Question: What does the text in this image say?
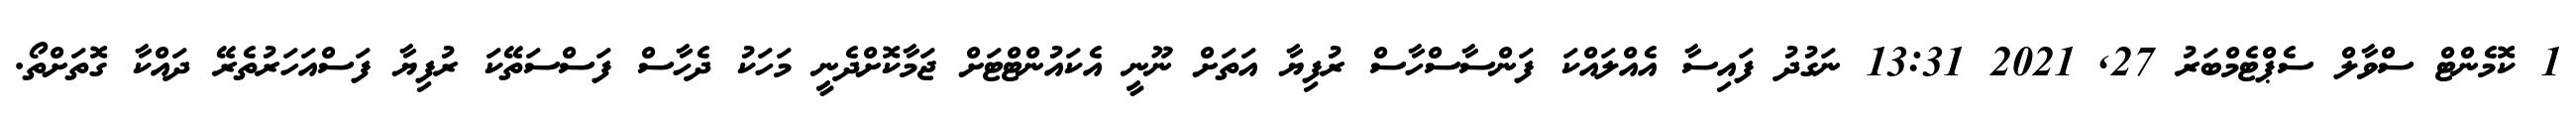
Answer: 1 ކޮމެންޓް ސްވާލް ސެޕްޓެމްބަރު 27, 2021 13:31 ނަގުދު ފައިސާ އެއްލައްކަ ފަންސާސްހާސް ރުފިޔާ އަތަށް ނޫނީ އެކައުންޓްޓަށް ޖަމާކޮށްދެނީ މަހަކު ދެހާސް ފަސްސަތޭކަ ރުފިޔާ ފަސްއަހަރުތެރޭ ދައްކާ ގޮތަށްތޯ.